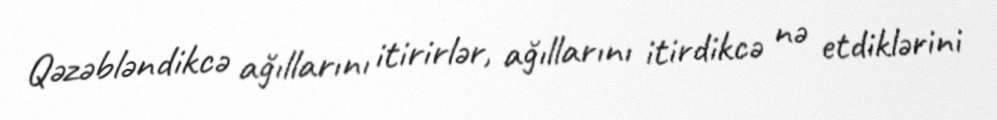
Qəzəbləndikcə ağıllarını itirirlər, ağıllarını itirdikcə nə etdiklərini